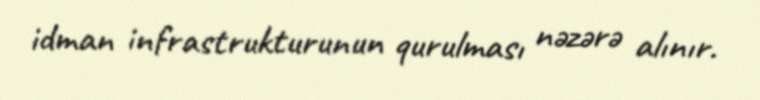
idman infrastrukturunun qurulması nəzərə alınır.